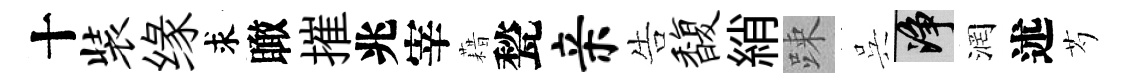
十装缘求瞰摧兆宰藉甃亲告馥綃踈呉净润述芍